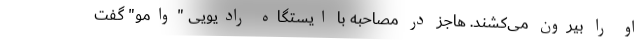
او را بیرون می‌کشند. هاجز در مصاحبه با ایستگاه رادیویی "وامو" گفت